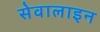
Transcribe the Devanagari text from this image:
सेवालाइन